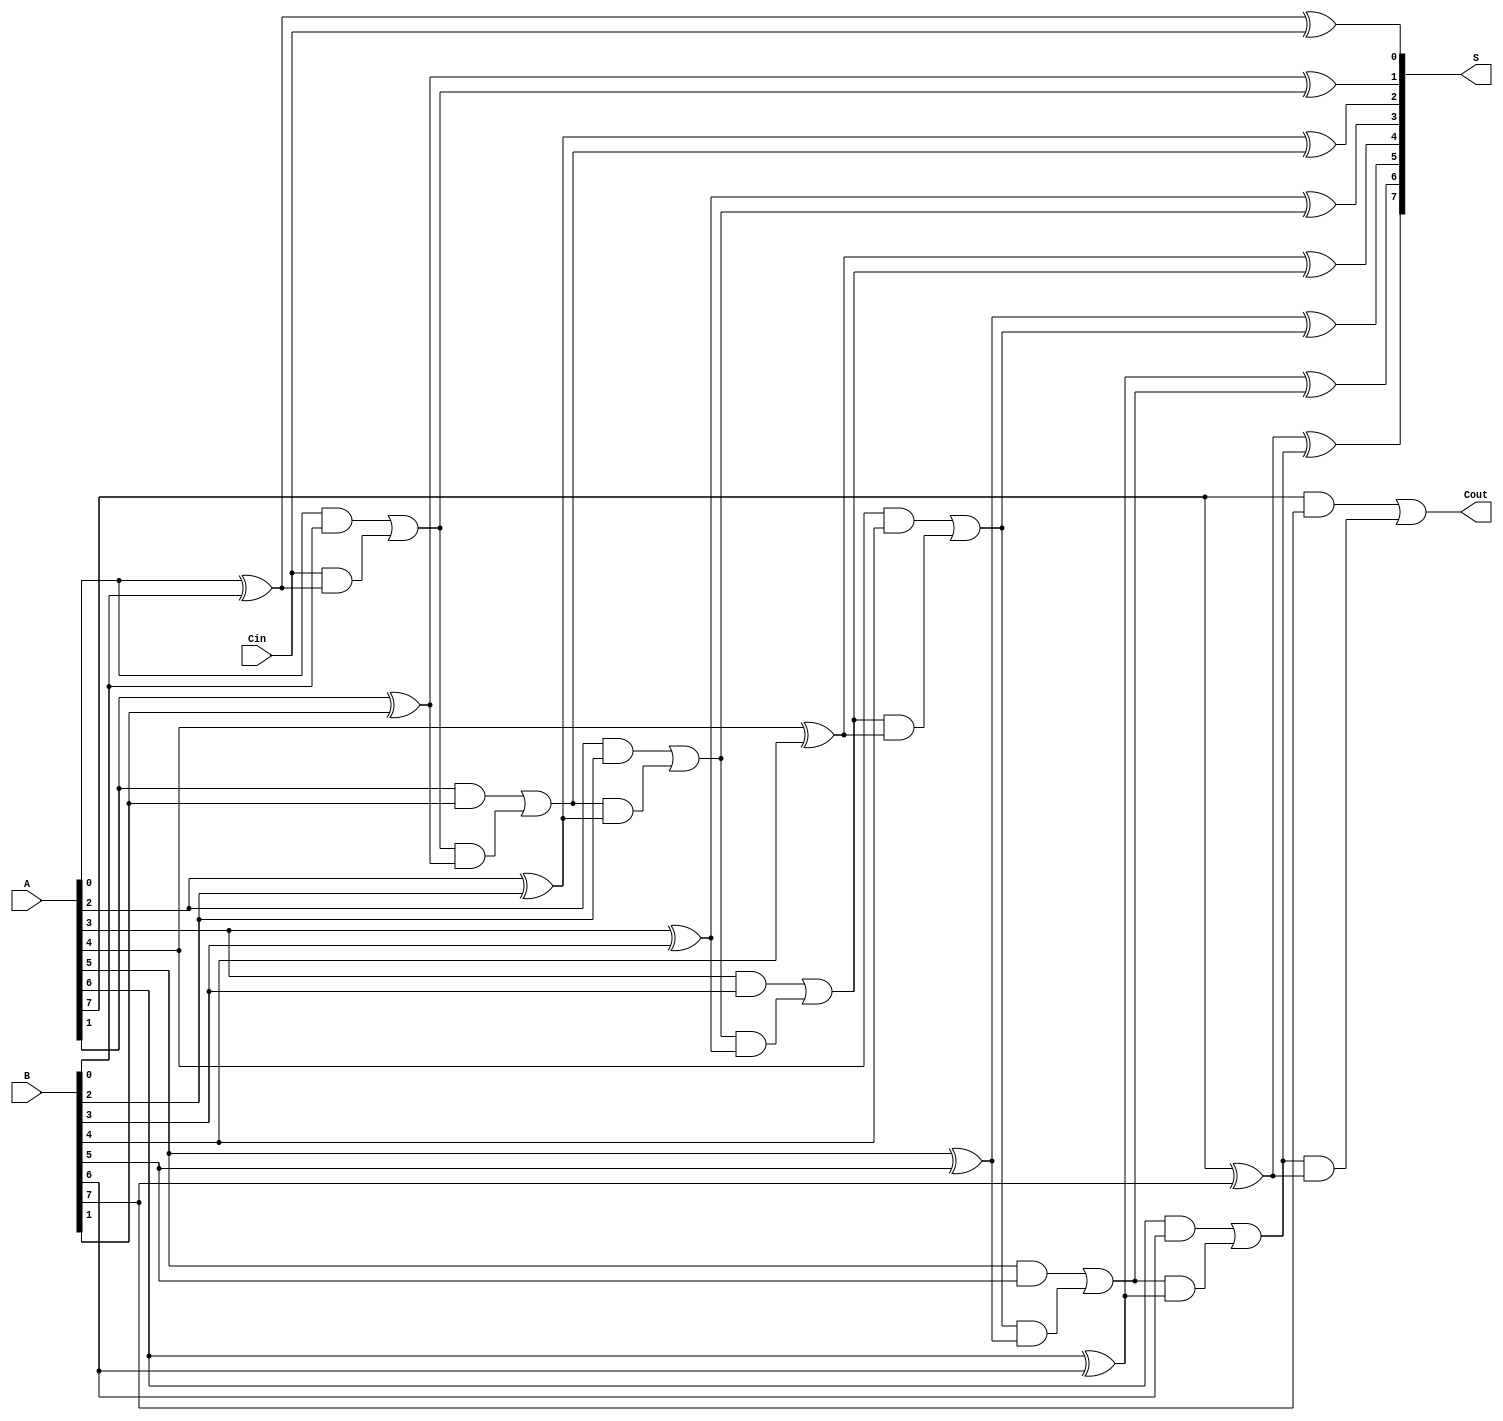
module ManchesterCarryChainAdder #(
    parameter N = 8  // Parameter for the bit-width of the adder
)(
    input  wire [N-1:0] A,      // First n-bit input
    input  wire [N-1:0] B,      // Second n-bit input
    input  wire Cin,             // Carry-in signal
    output wire [N-1:0] S,       // n-bit sum output
    output wire Cout             // Carry-out signal
);

    // Internal wires for carry signals
    wire [N:0] C; // C[0] is the carry-in, C[N] is the carry-out

    // Assign the carry-in to C[0]
    assign C[0] = Cin;

    genvar i;
    generate
        for (i = 0; i < N; i = i + 1) begin : full_adder
            // Calculate carry for current bit
            assign C[i + 1] = (A[i] & B[i]) | (C[i] & (A[i] ^ B[i]));
            // Calculate sum for current bit
            assign S[i] = A[i] ^ B[i] ^ C[i];
        end
    endgenerate

    // Assign the final carry-out
    assign Cout = C[N];

endmodule